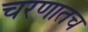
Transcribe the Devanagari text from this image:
चरणातच